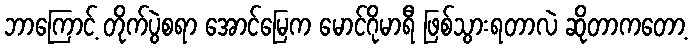
ဘာကြောင့် တိုက်ပွဲစရာ အောင်မြေက မောင်ဂိုမာရီ ဖြစ်သွားရတာလဲ ဆိုတာကတော့